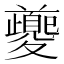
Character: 夔